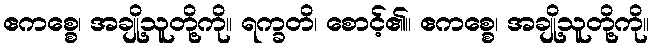
ဧကစ္စေ၊ အချို့သူတို့ကို။ ရက္ခတိ၊ စောင့်၏။ ဧကစ္စေ၊ အချို့သူတို့ကို။